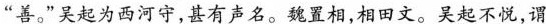
“善。”吴起为西河守，甚有声名。魏置相，相田文。吴起不悦，谓